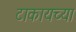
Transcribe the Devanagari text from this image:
टाकायच्या